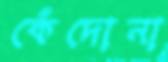
কেঁদোনা